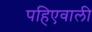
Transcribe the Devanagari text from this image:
पहिएवाली